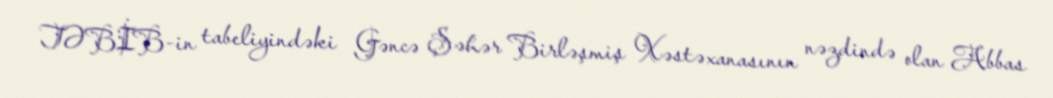
TƏBİB-in tabeliyindəki Gəncə Şəhər Birləşmiş Xəstəxanasının nəzdində olan Abbas